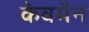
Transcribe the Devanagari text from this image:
केवमैन